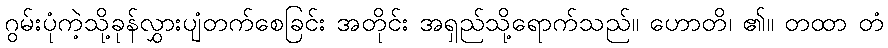
ဂွမ်းပုံကဲ့သို့ခုန်လွှားပျံတက်စေခြင်း အတိုင်း အရှည်သို့ရောက်သည်။ ဟောတိ၊ ၏။ တထာ တံ